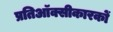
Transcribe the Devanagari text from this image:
प्रतिऑक्सीकारकों